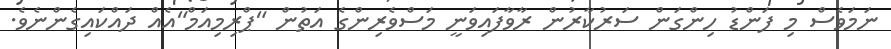
ނަމަވެސް މި ފަންޑު ހިންގަން ސަރުކާރުން ރާވާފައިވަނީ މަސްވެރިންގެ އަތުން "ޕްރިމިއަމް"އެއް ދައްކައިގެންނެވެ.